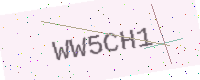
Text: WW5CH1